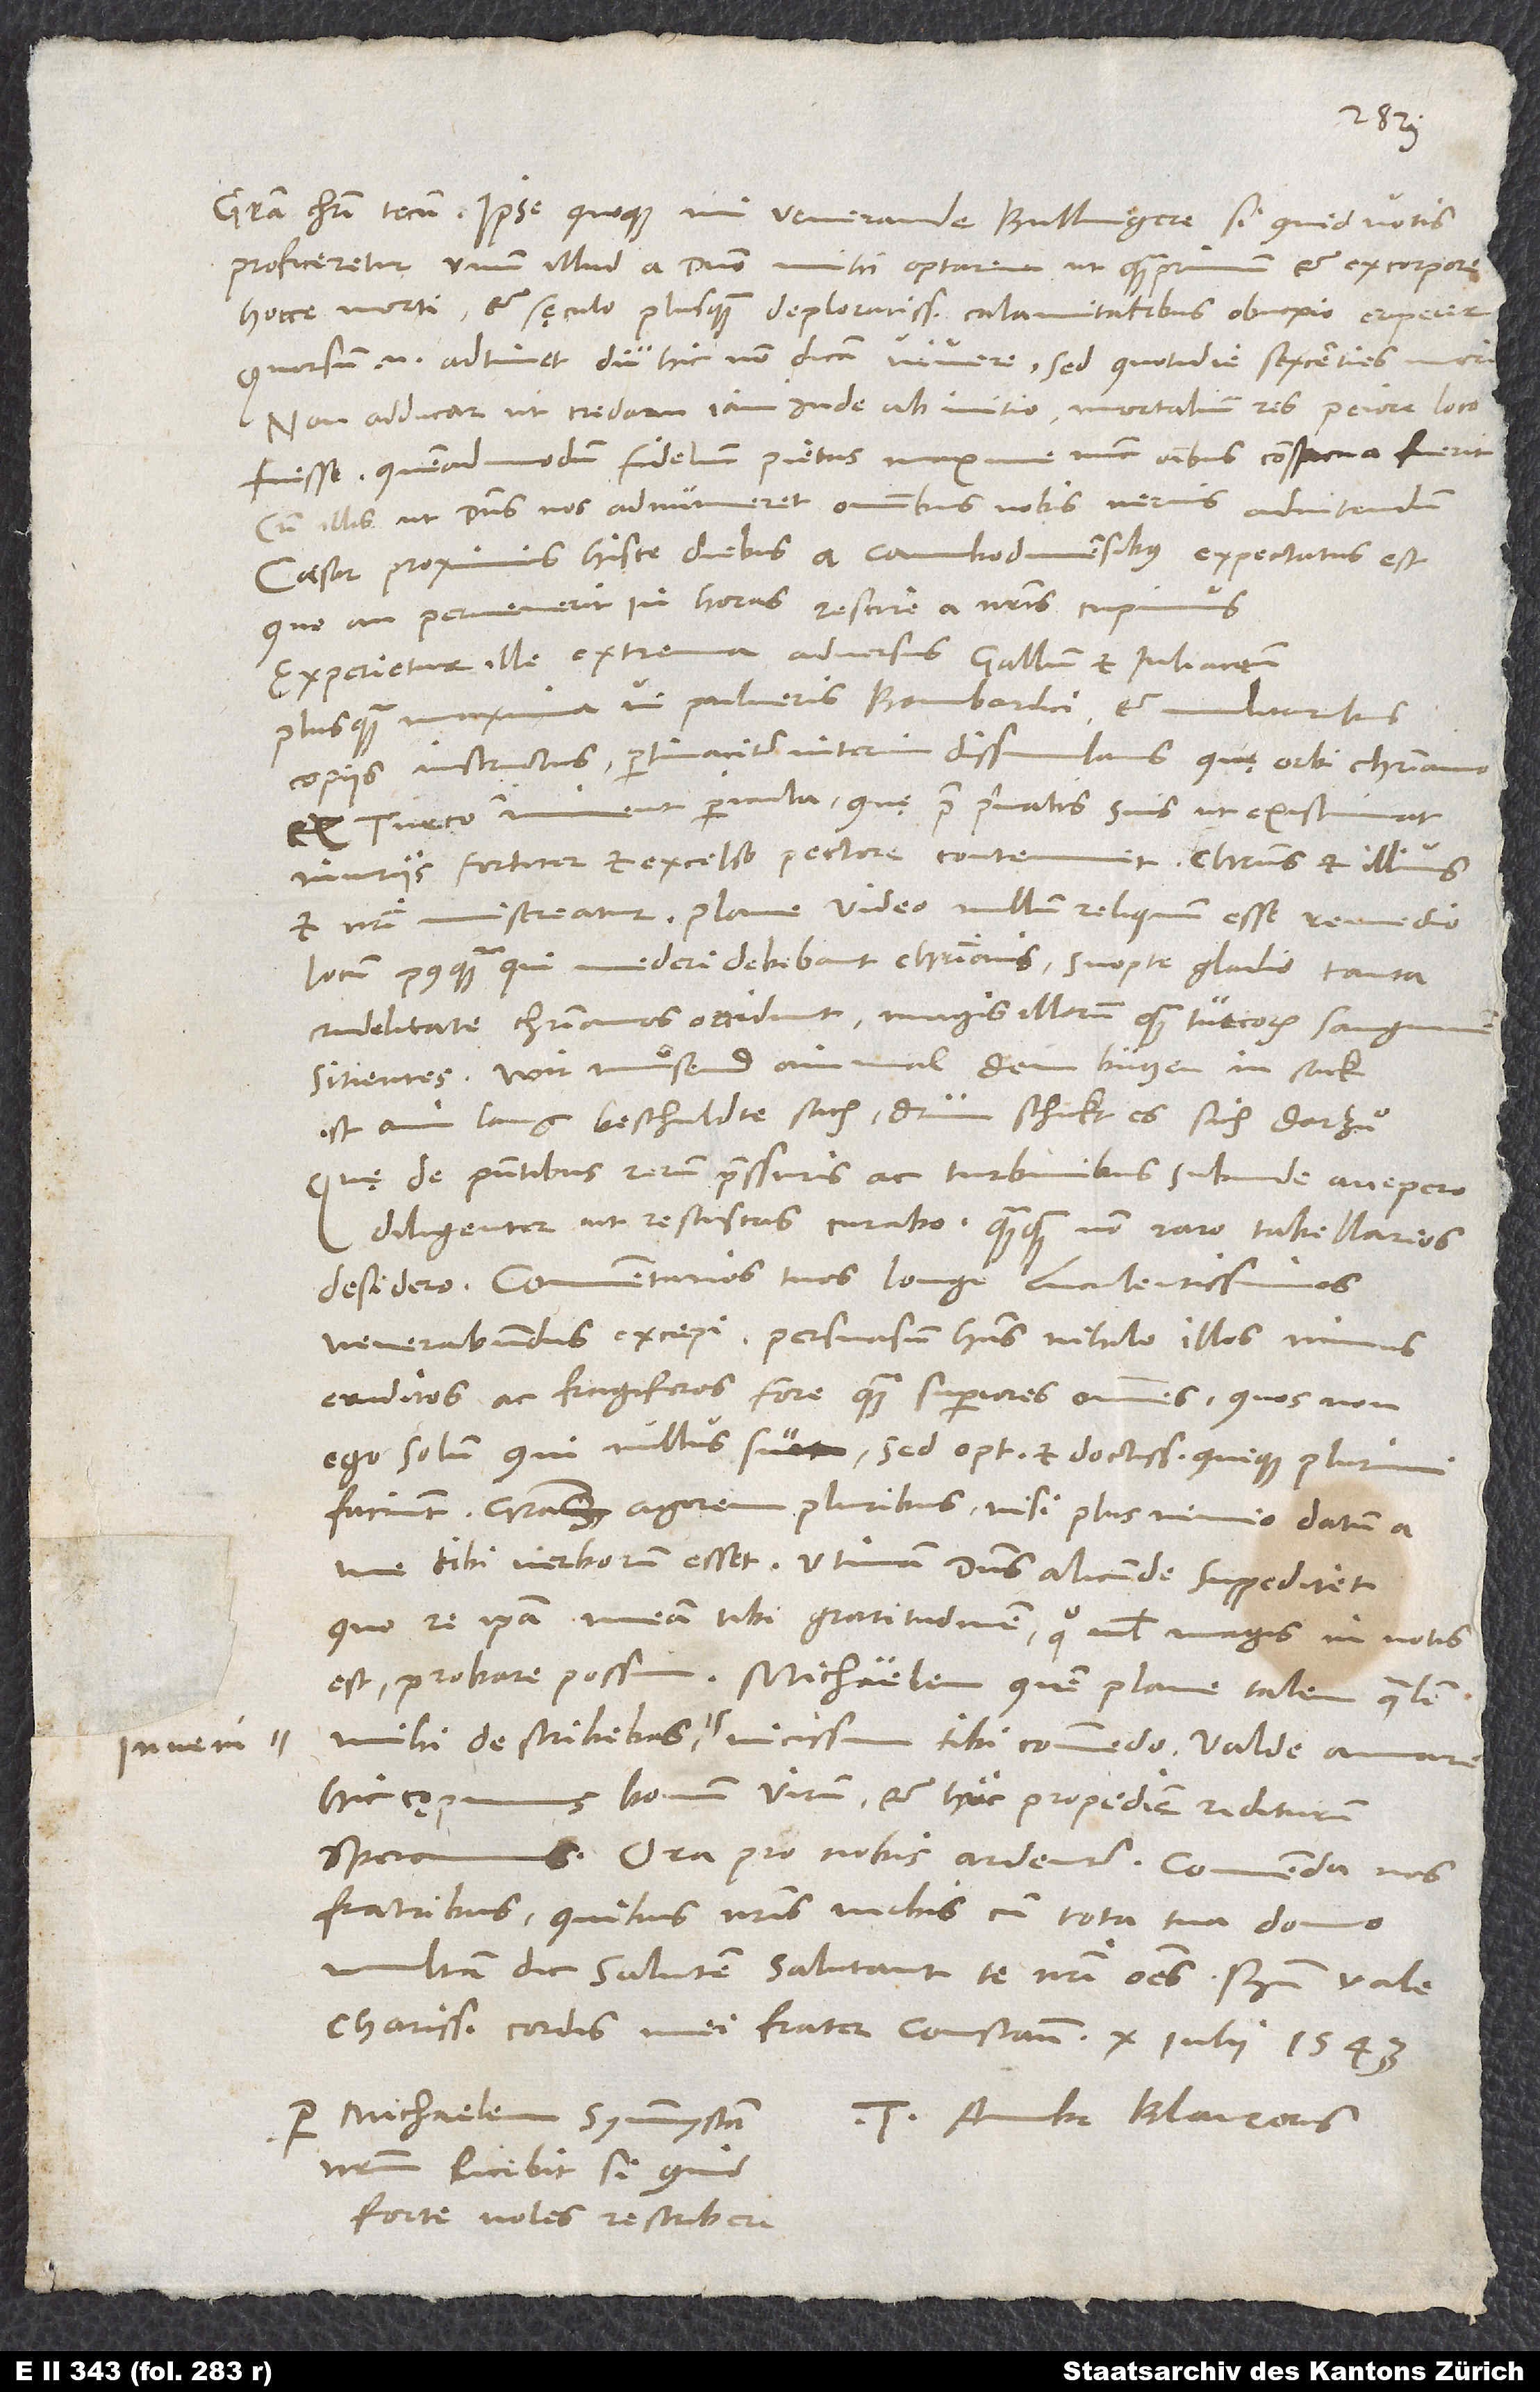
proficeretur, unum illud a domino mihi optarem, ut quamprimum et ex corpore
hocce morti et sęculo plusquam deploratissimis calamitatibus obnoxio eriperet.
Quorsum enim adtinet diu hic, non dicam vivere, sed quotidie sexcenties mori?
Non adducar, ut credam iam inde ab initio mortalium res peiore loco
fuisse, quemadmodum fidelium pietas maxime nunc omnibus conspicua fuerit;
cum illis ut dominus nos adnumeret, omnibus nobis nervis adnitendum.
Caesar proximis hisce diebus a Cambodunensibus expectatus est;
quo an pervenerit, in horas rescire a nostris cupimus.
Experietur ille extrema adversus Gallum et Iuliacensem
plusquam maxima vi pulveris bombardici et militaribus
copiis instructus, pertinaciter interim dissimulans, quę orbi christiano
ex Turco imminent pericula, quę prae privatis suis, ut existimat,
iniuriis fortiter et excelso pectore contemnit. Christus et illius
et nostri misereatur! Plane video nullum reliquum esse remedio
locum, postquam, qui mederi debebant christianis, suopte gladio tanta
crudelitate christianos occidunt, magis illorum quam Turcorum sanguinem
sitientes. Wir muͤsend ainmal dem butzen in sack;
ist ain lang beschuldte sach; drum schickt es sich darzuͦ.
Quę de praesentibus rerum pressuris ac turbinibus subinde accepero,
diligenter, ut resciscas, curabo, quamquam non raro tabellarios
Commentarios tuos longe luculentissimos
venerabundus excepi persuasum habens nihilo illos minus
eruditos ac frugiferos fore quam superiores omnes, quos non
ego solum, qui nullus sum, sed optimi et doctissimi quique plurimi
faciunt. Gratias agerem pluribus, nisi plus nimio datum a
me tibi verborum esset. Utinam dominus alicunde suppeditet,
quo re ipsa meam tibi gratitudinem, quo nihil magis in votis
mihi describebas, inveni, vicissim tibi commendo. Valde amare
hic cępimus bonum virum et huc propediem rediturum
Ora pro nobis ardenter. Commenda nos
fratribus, quibus nostris verbis cum tota tua domo
multam dic salutem. Salutant te nostri omnes. Bene vale,
nostrum, licebit, si quid
forte voles, rescribere.